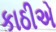
કાઠીએ